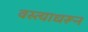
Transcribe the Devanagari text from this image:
वस्त्याधरून